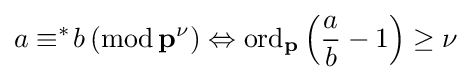
a\equiv ^{\ast }\!b\,(\mathrm {mod} \,\mathbf {p} ^{\nu })\Leftrightarrow \mathrm {ord} _{\mathbf {p} }\left({\frac {a}{b}}-1\right)\geq \nu